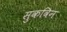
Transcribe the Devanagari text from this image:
सुकविन